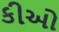
કીઓ